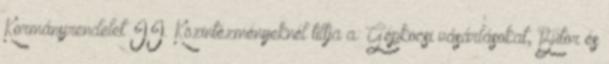
Kormányrendelet II. Közintézményeknél tiltja a: Gépkocsi vásárlásokat, Bútor és